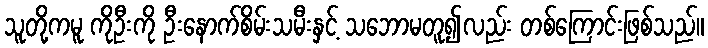
သူတို့ကမူ ကိုဦးကို ဦးနောက်စိမ်းသမီးနှင့် သဘောမတူ၍လည်း တစ်ကြောင်းဖြစ်သည်။